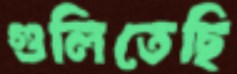
গুলিতেছি